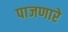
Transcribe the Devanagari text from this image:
पाजणारे